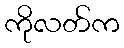
ကိုလတ်က